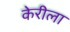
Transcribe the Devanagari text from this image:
केरीला